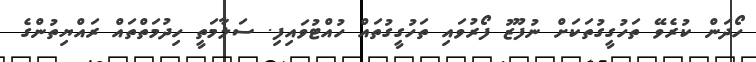
ހޯދަން ކުރެވޭ ތަހުގީގުތަކަށް ނުފޫޒު ފޯރުވައި ތަހުގީގުތައް ހުއްޓުވައިފި. ސަލާމަތީ ހިދުމަތްތައް ރައްޔިތުންގެ